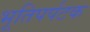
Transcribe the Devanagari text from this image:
भूतिपर्पटक